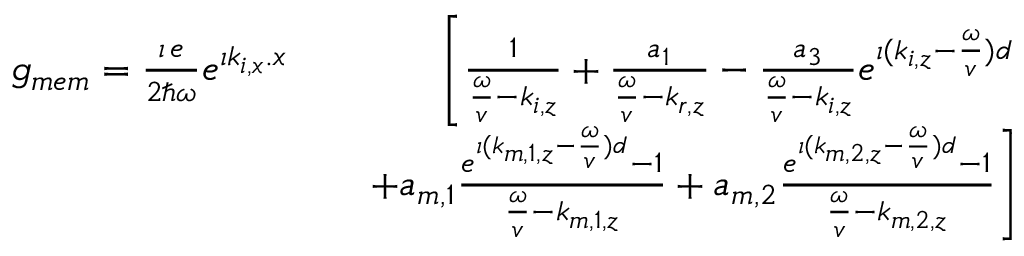
\begin{array} { r l r } { g _ { m e m } = \frac { \imath \, e } { 2 \hbar \omega } e ^ { \imath k _ { i , x } . x } } & { } & { \left[ \frac { 1 } { \frac { \omega } { v } - k _ { i , z } } + \frac { a _ { 1 } } { \frac { \omega } { v } - k _ { r , z } } - \frac { a _ { 3 } } { \frac { \omega } { v } - k _ { i , z } } e ^ { \imath ( k _ { i , z } - \frac { \omega } { v } ) d } \right. } \\ & { } & { \left. + a _ { m , 1 } \frac { e ^ { \imath ( k _ { m , 1 , z } - \frac { \omega } { v } ) d } - 1 } { \frac { \omega } { v } - k _ { m , 1 , z } } + a _ { m , 2 } \frac { e ^ { \imath ( k _ { m , 2 , z } - \frac { \omega } { v } ) d } - 1 } { \frac { \omega } { v } - k _ { m , 2 , z } } \right] } \end{array}